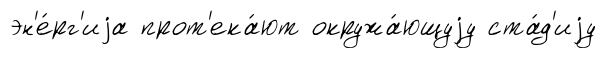
эн'е́рг'иjа прот'ека́ют окружа́ющуjу ста́д'иjу